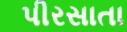
પીરસાતા